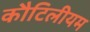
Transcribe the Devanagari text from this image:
कौटिलीयम